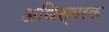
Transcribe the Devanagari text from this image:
अधिस्वरक